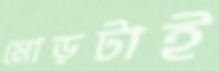
মোড়টাই